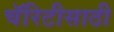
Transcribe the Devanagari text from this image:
चॅरिटीसाठी